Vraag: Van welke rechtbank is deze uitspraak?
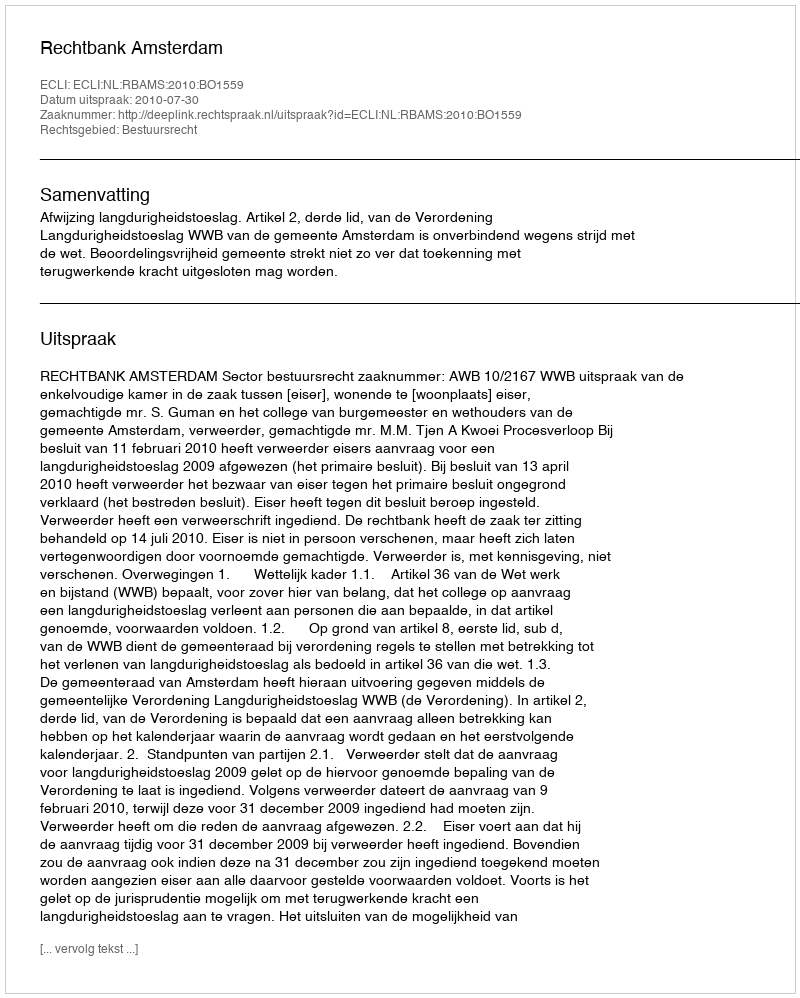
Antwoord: Rechtbank Amsterdam